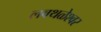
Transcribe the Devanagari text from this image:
लवथळेश्वर